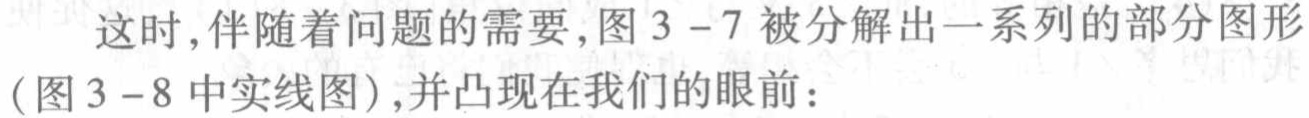
这时,伴随着问题的需要,图 3 - 7 被分解出一系列的部分图形(图 3 - 8 中实线图),并凸现在我们的眼前：